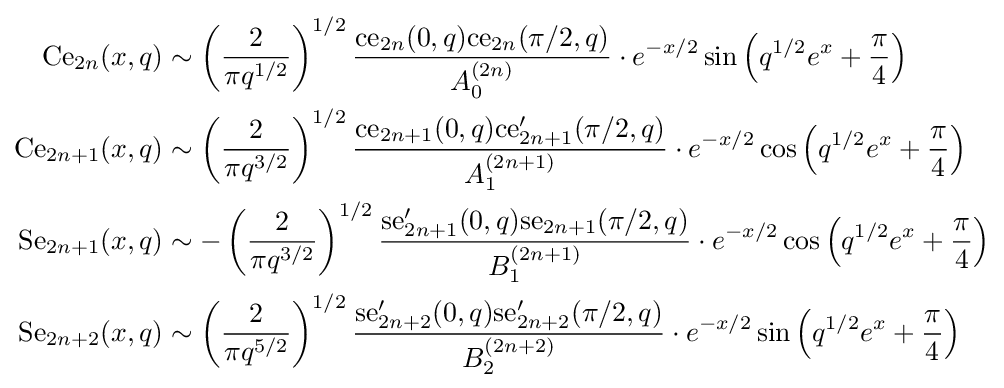
{\begin{aligned}{\text{Ce}}_{2n}(x,q)&\sim \left({\frac {2}{\pi q^{1/2}}}\right)^{1/2}{\frac {{\text{ce}}_{2n}(0,q){\text{ce}}_{2n}(\pi /2,q)}{A_{0}^{(2n)}}}\cdot e^{-x/2}\sin \left(q^{1/2}e^{x}+{\frac {\pi }{4}}\right)\\{\text{Ce}}_{2n+1}(x,q)&\sim \left({\frac {2}{\pi q^{3/2}}}\right)^{1/2}{\frac {{\text{ce}}_{2n+1}(0,q){\text{ce}}'_{2n+1}(\pi /2,q)}{A_{1}^{(2n+1)}}}\cdot e^{-x/2}\cos \left(q^{1/2}e^{x}+{\frac {\pi }{4}}\right)\\{\text{Se}}_{2n+1}(x,q)&\sim -\left({\frac {2}{\pi q^{3/2}}}\right)^{1/2}{\frac {{\text{se}}'_{2n+1}(0,q){\text{se}}_{2n+1}(\pi /2,q)}{B_{1}^{(2n+1)}}}\cdot e^{-x/2}\cos \left(q^{1/2}e^{x}+{\frac {\pi }{4}}\right)\\{\text{Se}}_{2n+2}(x,q)&\sim \left({\frac {2}{\pi q^{5/2}}}\right)^{1/2}{\frac {{\text{se}}'_{2n+2}(0,q){\text{se}}'_{2n+2}(\pi /2,q)}{B_{2}^{(2n+2)}}}\cdot e^{-x/2}\sin \left(q^{1/2}e^{x}+{\frac {\pi }{4}}\right)\end{aligned}}